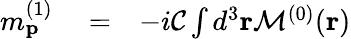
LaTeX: \begin{array}{rlr}{m_{\mathbf{p}}^{(1)}}&{{}=}&{-i{\cal C}\int d^{3}\mathbf{r}{\cal M}^{(0)}(\mathbf{r})}\end{array}